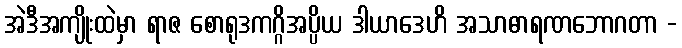
အဲဒီအကျိုးထဲမှာ ရာဇ စောရုဒကဂ္ဂိအပ္ပိယ ဒါယာဒေဟိ အသာဓာရဏဘောဂတာ -